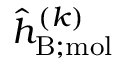
\hat { h } _ { \mathrm { B ; m o l } } ^ { ( k ) }